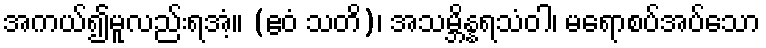
အကယ်၍မူလည်းရအံ့။ (ဧဝံ သတိ)၊ အသမ္ဘိန္နရသံဝါ၊ မရောစပ်အပ်သော